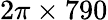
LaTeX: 2\pi\times 790